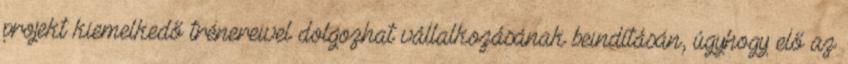
projekt kiemelkedő trénereivel dolgozhat vállalkozásának beindításán, úgyhogy elő az